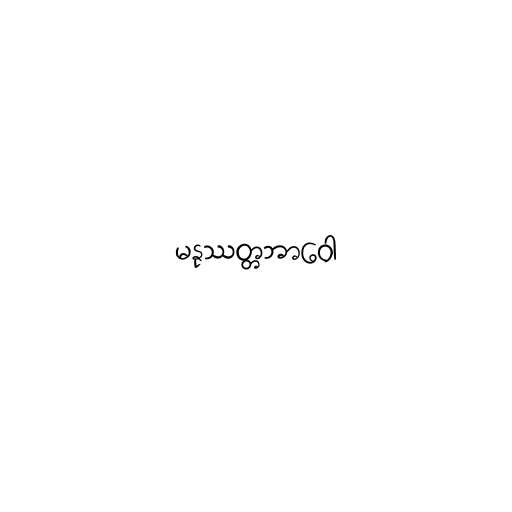
မနုဿတ္တဘာဝေါ